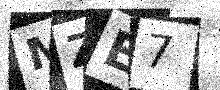
Text: MZE7